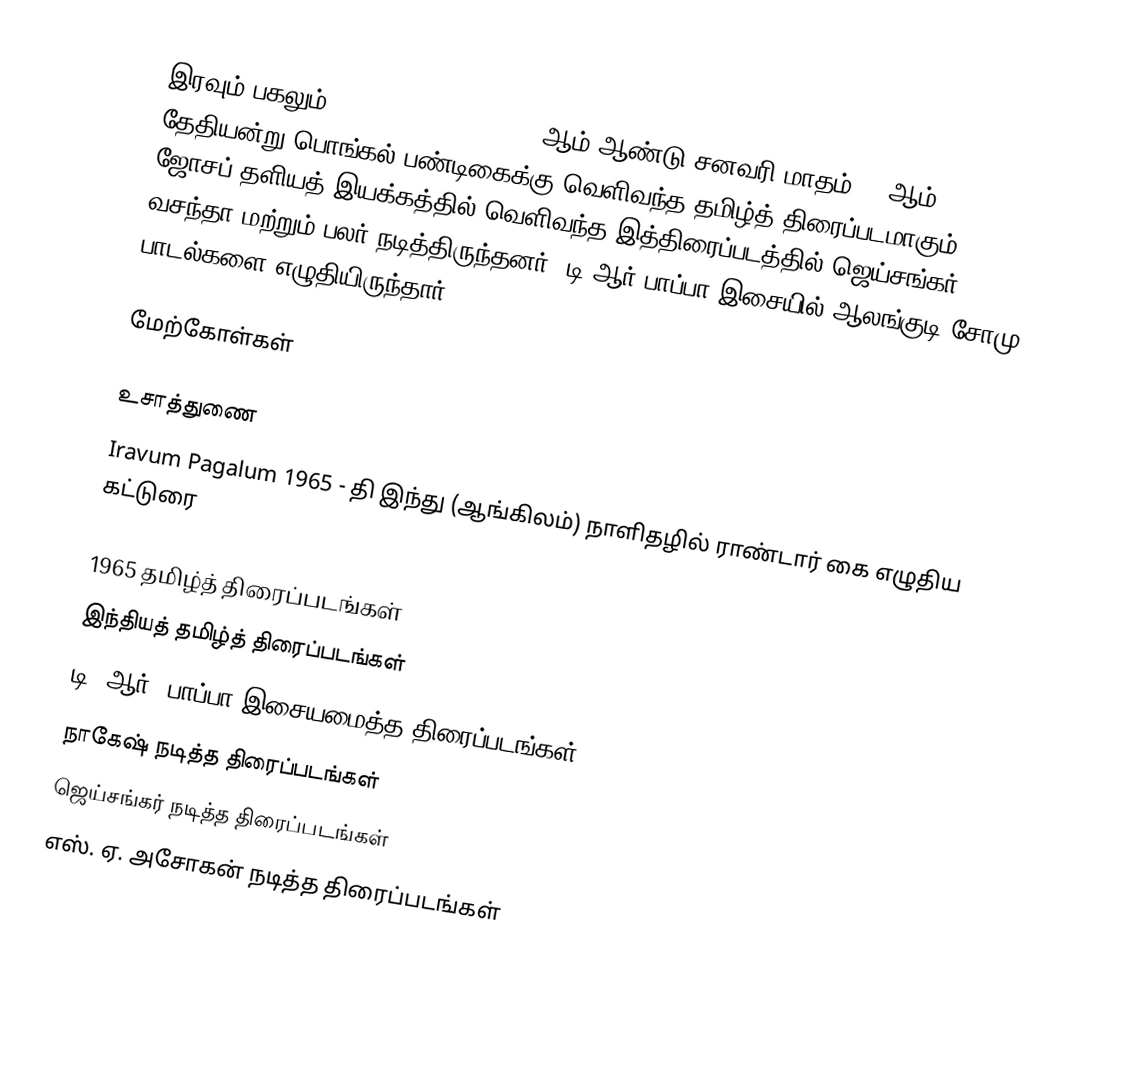
இரவும் பகலும் (Iravum Pagalum) 1965 ஆம் ஆண்டு சனவரி மாதம் 14 ஆம் தேதியன்று பொங்கல் பண்டிகைக்கு வெளிவந்த தமிழ்த் திரைப்படமாகும். ஜோசப் தளியத் இயக்கத்தில் வெளிவந்த இத்திரைப்படத்தில் ஜெய்சங்கர், வசந்தா மற்றும் பலர் நடித்திருந்தனர். டி.ஆர் பாப்பா இசையில் ஆலங்குடி சோமு பாடல்களை எழுதியிருந்தார்.

மேற்கோள்கள்

உசாத்துணை
 Iravum Pagalum 1965 - தி இந்து (ஆங்கிலம்) நாளிதழில் ராண்டார் கை எழுதிய கட்டுரை

1965 தமிழ்த் திரைப்படங்கள்
இந்தியத் தமிழ்த் திரைப்படங்கள்
டி. ஆர். பாப்பா இசையமைத்த திரைப்படங்கள்
நாகேஷ் நடித்த திரைப்படங்கள்
ஜெய்சங்கர் நடித்த திரைப்படங்கள்
எஸ். ஏ. அசோகன் நடித்த திரைப்படங்கள்